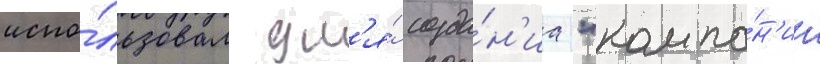
испо́льзовал дл'я́ созда́н'иа "компа́н'ии